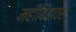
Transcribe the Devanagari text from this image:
महीबिंबावर